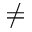
\neq